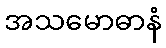
အသမောဓာနံ